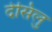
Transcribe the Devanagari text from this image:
देसिलु